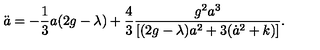
\ddot { a } = - \frac 1 3 a ( 2 g - \lambda ) + \frac 4 3 \frac { g ^ { 2 } a ^ { 3 } } { [ ( 2 g - \lambda ) a ^ { 2 } + 3 ( \dot { a } ^ { 2 } + k ) ] } .